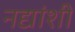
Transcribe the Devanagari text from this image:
नद्यांशी